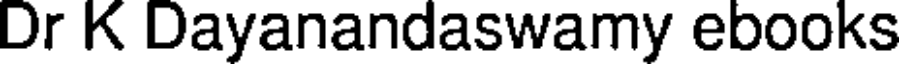
Dr K Dayanandaswamy ebooks